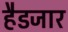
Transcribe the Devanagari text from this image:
हैडजार